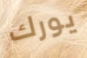
يورك